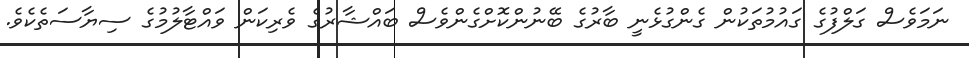
ނަމަވެސް ގަލްފުގެ ގައުމުތަކުން ގެންގުޅެނީ ބާރުގެ ބޭނުންކޮށްގެންވެސް ބައްޝާރުގެ ވެރިކަން ވައްޓާލުމުގެ ސިޔާސަތެކެވެ.